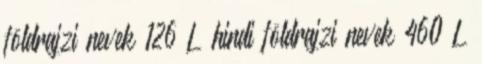
földrajzi nevek‎ 126 L hindi földrajzi nevek‎ 460 L